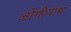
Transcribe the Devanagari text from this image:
जोगीनाथ